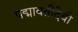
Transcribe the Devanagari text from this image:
पद्मावतीदेवी